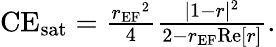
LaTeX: \begin{array}{r}{\textrm{CE}_{\textrm{sat}}=\frac{{r_{\textrm{EF}}}^{2}}{4}\frac{|1-r|^{2}}{2-r_{\textrm{EF}}\textrm{Re}[r]}.}\end{array}